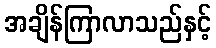
အချိန်ကြာလာသည်နှင့်